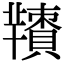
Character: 𦏙